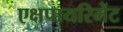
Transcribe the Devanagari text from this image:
एक्षपायरिमेंट